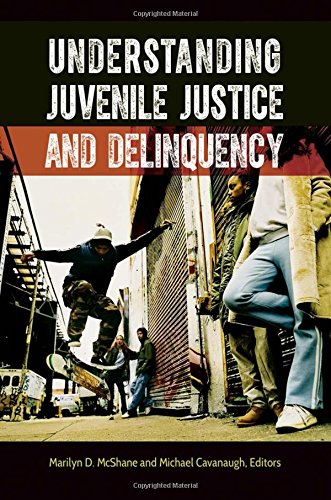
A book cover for Understanding Juvenile Justice and Delinquency; Law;